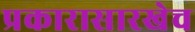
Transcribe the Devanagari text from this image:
प्रकारासारखेच